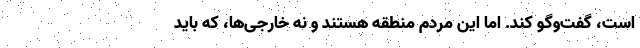
است، گفت‌وگو کند. اما این مردم منطقه هستند و نه خارجی‌ها، که باید